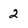
Character: 2